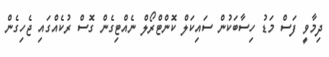
ދިމާވީ ފަސް މަޑު ހިސާބަކުން ސައިކަލް ކޮންޓްރޯލް ނެއްޓިގެން ގޮސް ރުކެއްގައި ޖެހިގެން